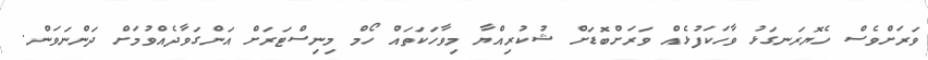
ވަރަށްވެސް ހެޔޮރަނގަޅު ވާހަކަފުޅެއް ވަރަށްބޮޑަށް ޝުކުރިއްޔާ މިވާހަކަތައް ހޯމް މިނިސްޓަރަށް އަންގަވާދެއްވުމަށް ދަންނަވަން.